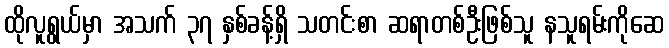
ထိုလူရွယ်မှာ အသက် ၃၇ နှစ်ခန့်ရှိ သတင်းစာ ဆရာတစ်ဦးဖြစ်သူ နသူရမ်းကိုဆေ